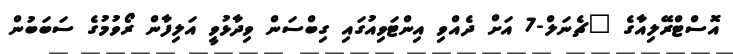
އޮސްޓްރޭލިއާގެ "ޗެނަލް-7 އަށް ދެއްވި އިންޓަވިއުގައި ގިބްސަން ވިދާޅުވީ އަލިފާން ރޯވުމުގެ ސަބަބުން